342_HS1-416511228_319.1 Flying Discs 1949
Agency: Department of War
Incident date: 1/9/50
Page 110
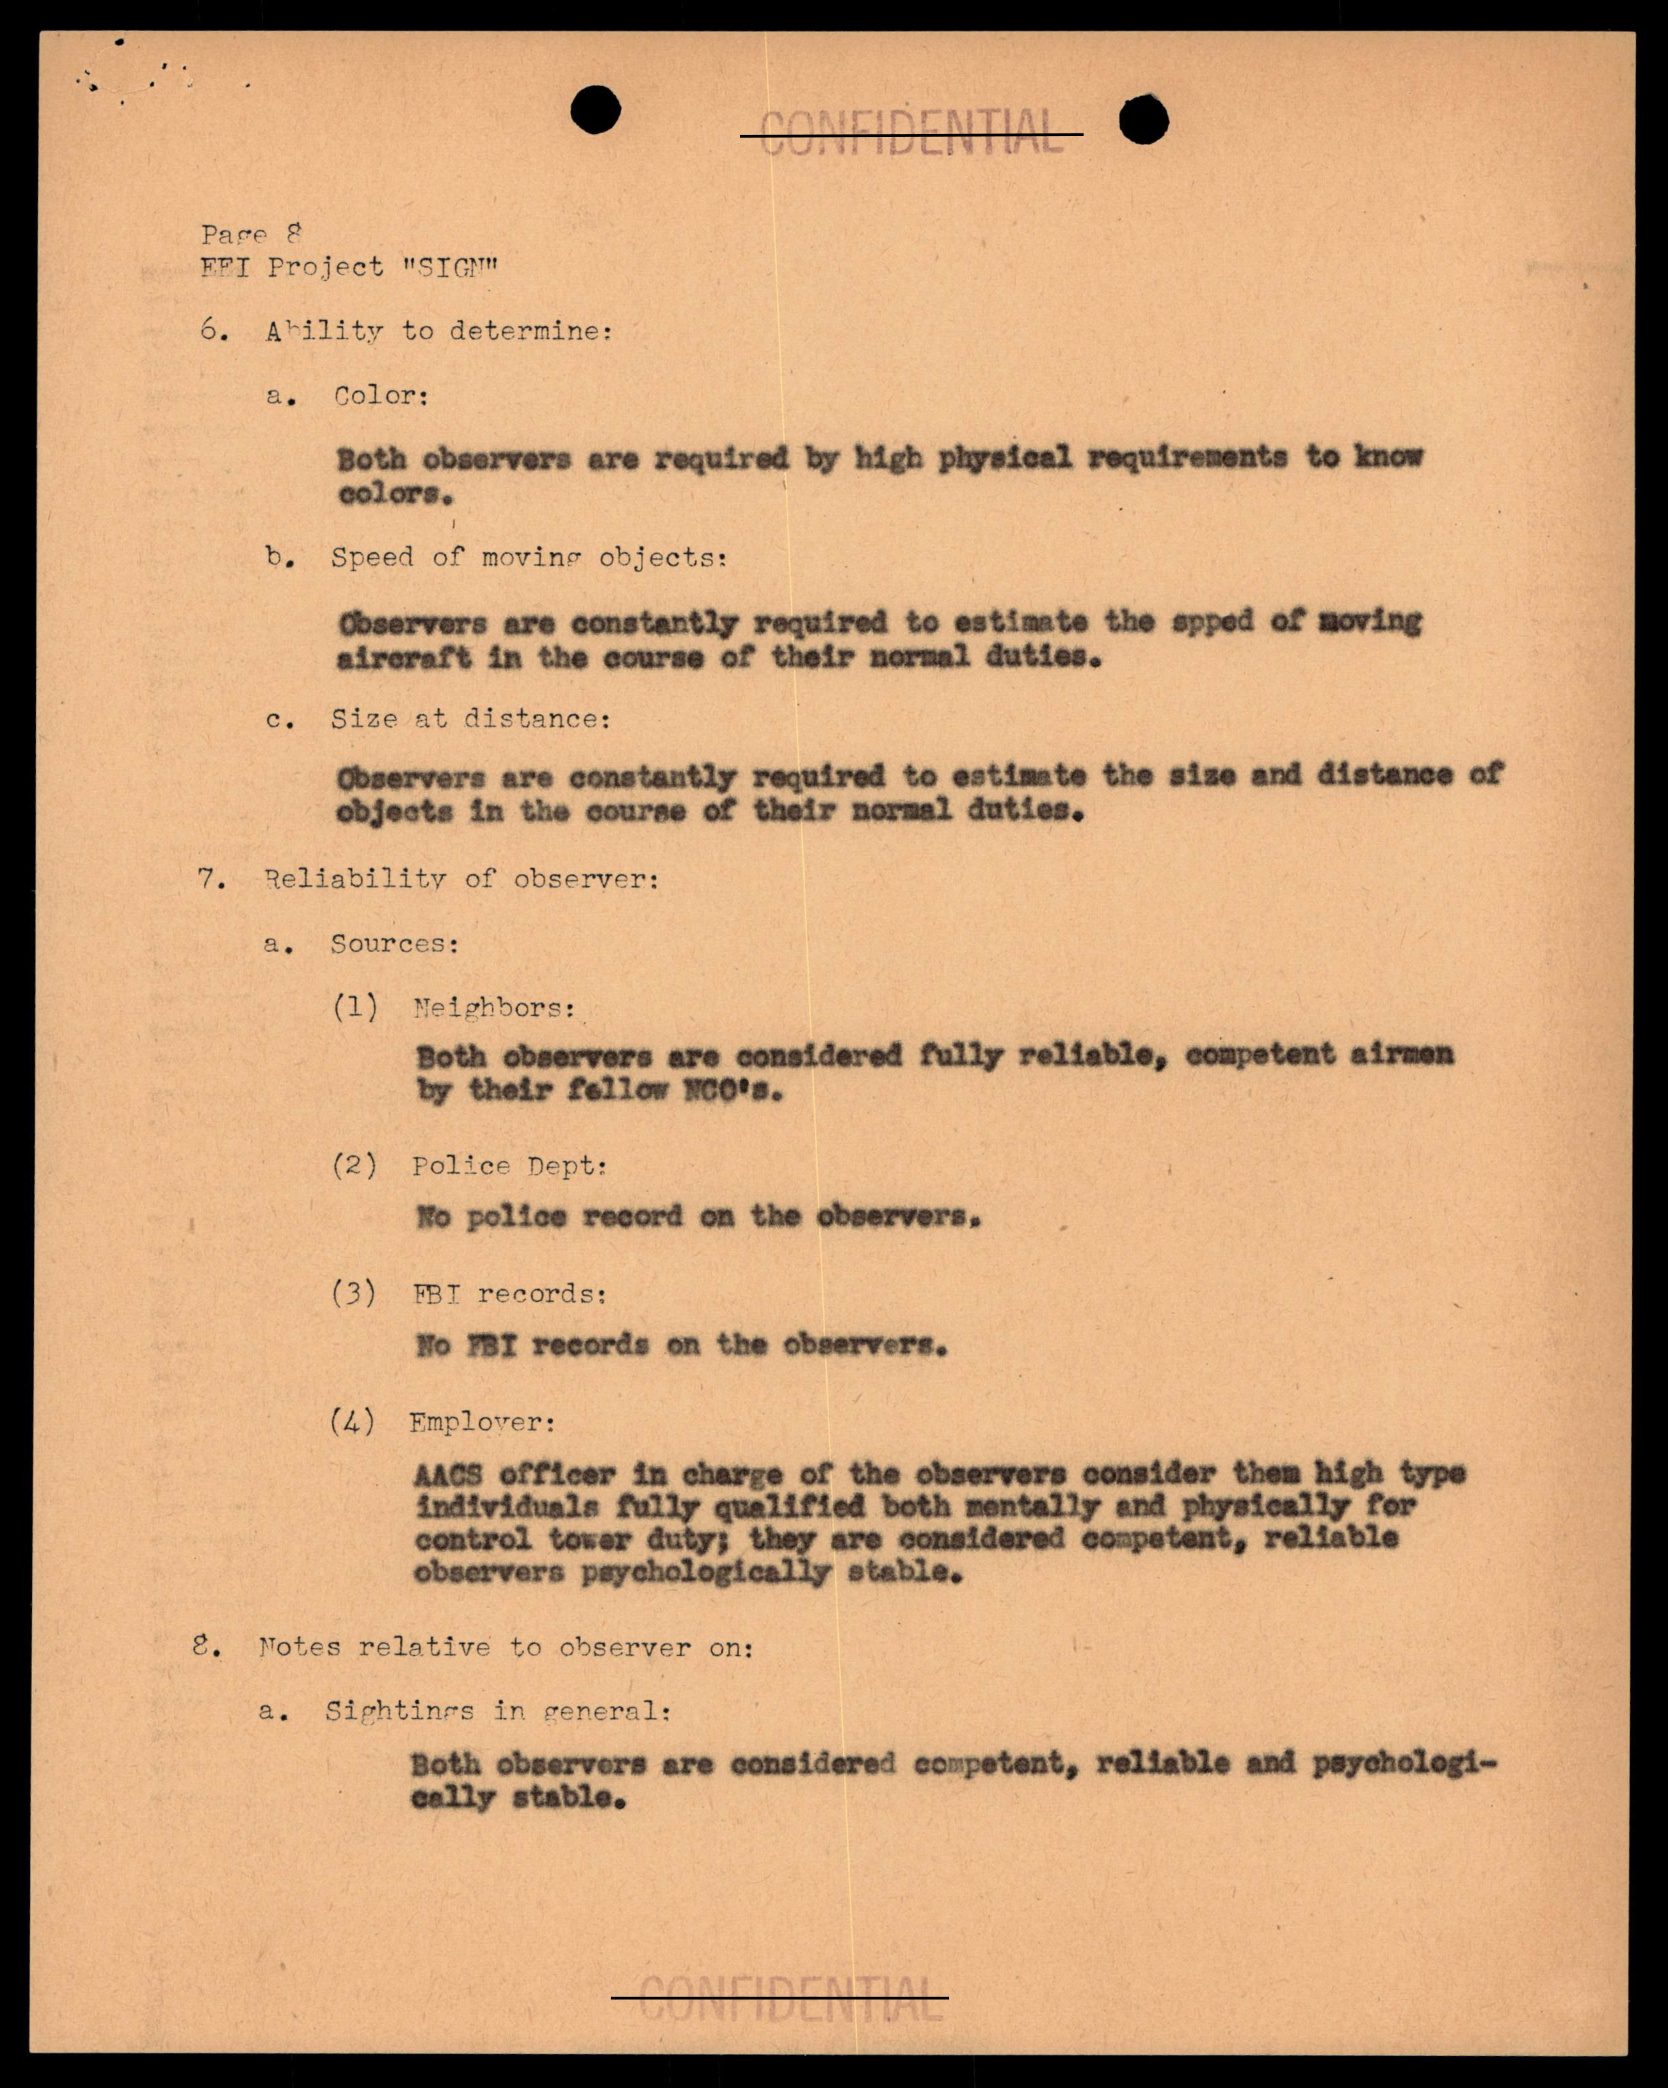